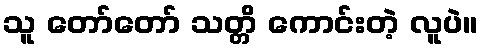
သူ တော်တော် သတ္တိ ကောင်းတဲ့ လူပဲ။